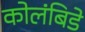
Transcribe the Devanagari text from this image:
कोलंबिडे